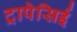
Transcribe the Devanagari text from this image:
ट्रापेसिई